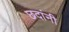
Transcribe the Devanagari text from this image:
छदांनी